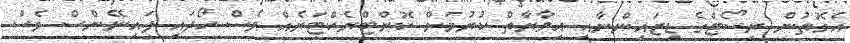
އެގޮތުން ރިސޯޓްގެ ޑިޒައިންނާއި އިމާރާތް ކުރުމަށް ކޮންޓްރެކްޓަރެއް ވެސް ހޯދައި ފައިނޭންސް ވެސް